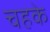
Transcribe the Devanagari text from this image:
चहके